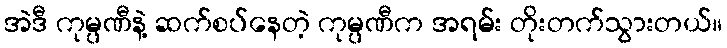
အဲဒီ ကုမ္ပဏီနဲ့ ဆက်စပ်နေတဲ့ ကုမ္ပဏီက အရမ်း တိုးတက်သွားတယ်။